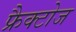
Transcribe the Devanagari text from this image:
फ्रैक्टोज